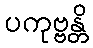
ပကုဗ္ဗန္တိ